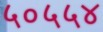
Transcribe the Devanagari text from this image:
५०५५४